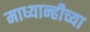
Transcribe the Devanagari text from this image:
माध्यान्हीच्या